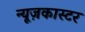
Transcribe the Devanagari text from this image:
न्यूज़कास्टर